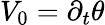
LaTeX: V_{0}=\partial_{t}\theta